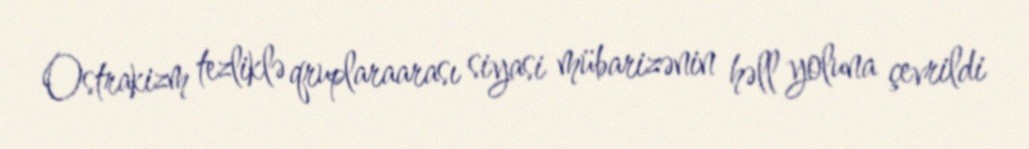
Ostrakizm tezliklə qruplaraarası siyasi mübarizənin həll yoluna çevrildi